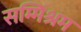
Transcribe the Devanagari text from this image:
सम्मिश्रम